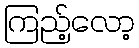
ကြည့်လော့